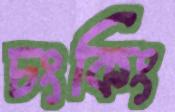
চংকিং